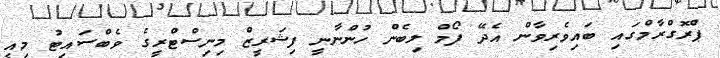
ޕްރޮގްރާމްގައި ބައިވެރިވާން އެދޭ ފޯމް ލިބެން ހުންނާނީ ފިޝަރީޒް މިނިސްޓްރީގެ ވެބްސައިޓު މިއީ